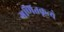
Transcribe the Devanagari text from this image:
गणितकृत्ये